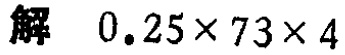
解 \(0.25\times73\times4\)